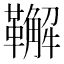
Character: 𩍝